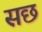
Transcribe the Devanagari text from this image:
सछ